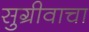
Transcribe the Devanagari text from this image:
सुग्रीवाचा